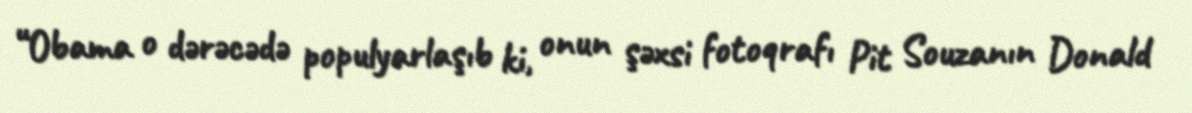
“Obama o dərəcədə populyarlaşıb ki, onun şəxsi fotoqrafı Pit Souzanın Donald